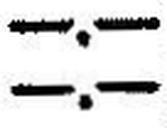
—.—